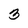
Character: 3